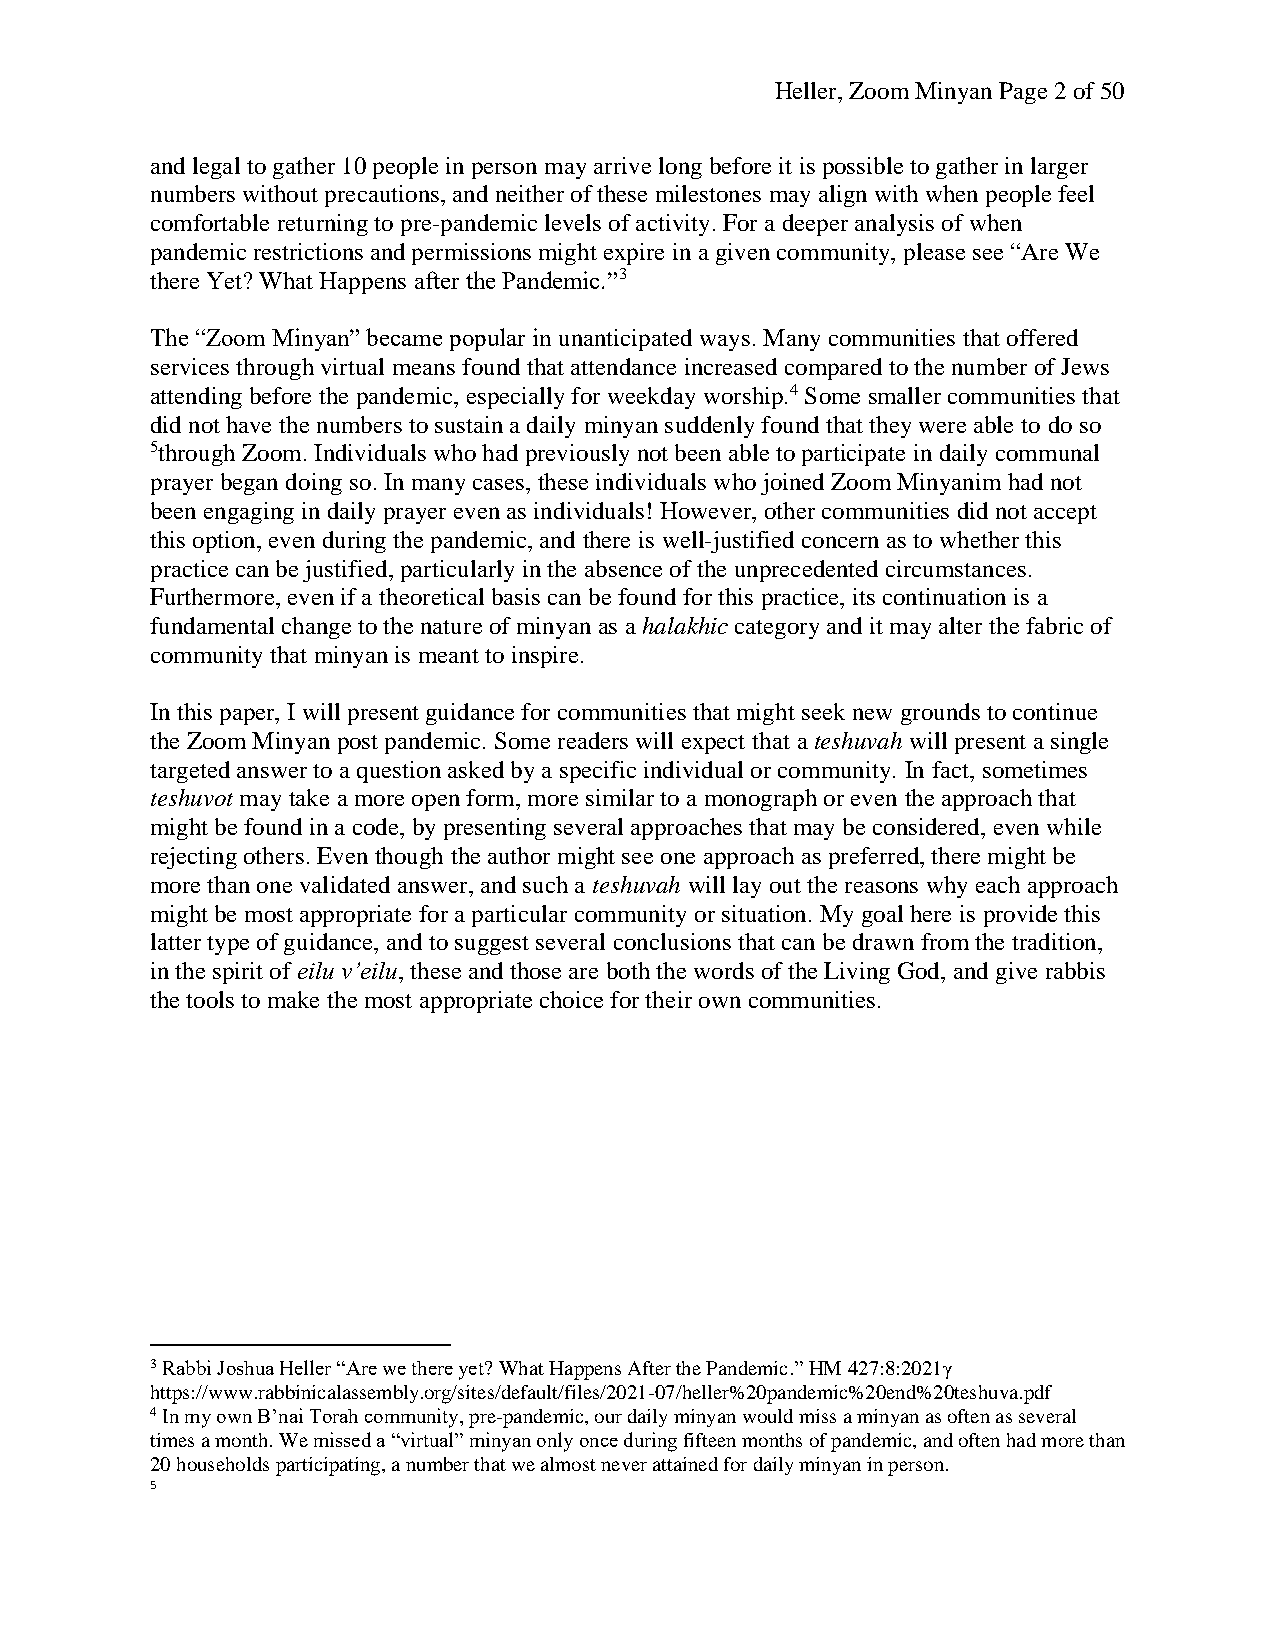
Heller, Zoom Minyan Page 2 of 50
 and legal to gather 10 people in person may arrive long before it is possible to gather in larger
 numbers without precautions, and neither of these milestones may align with when people feel
 comfortable returning to pre-pandemic levels of activity. For a deeper analysis of when
 pandemic restrictions and permissions might expire in a given community, please see “Are We
 there Yet? What Happens after the Pandemic.”3
 The “Zoom Minyan” became popular in unanticipated ways. Many communities that offered
 services through virtual means found that attendance increased compared to the number of Jews
 attending before the pandemic, especially for weekday worship.4 Some smaller communities that
 did not have the numbers to sustain a daily minyan suddenly found that they were able to do so
 5through Zoom. Individuals who had previously not been able to participate in daily communal
 prayer began doing so. In many cases, these individuals who joined Zoom Minyanim had not
 been engaging in daily prayer even as individuals! However, other communities did not accept
 this option, even during the pandemic, and there is well-justified concern as to whether this
 practice can be justified, particularly in the absence of the unprecedented circumstances.
 Furthermore, even if a theoretical basis can be found for this practice, its continuation is a
 fundamental change to the nature of minyan as a halakhic category and it may alter the fabric of
 community that minyan is meant to inspire.
 In this paper, I will present guidance for communities that might seek new grounds to continue
 the Zoom Minyan post pandemic. Some readers will expect that a teshuvah will present a single
 targeted answer to a question asked by a specific individual or community. In fact, sometimes
 teshuvot may take a more open form, more similar to a monograph or even the approach that
 might be found in a code, by presenting several approaches that may be considered, even while
 rejecting others. Even though the author might see one approach as preferred, there might be
 more than one validated answer, and such a teshuvah will lay out the reasons why each approach
 might be most appropriate for a particular community or situation. My goal here is provide this
 latter type of guidance, and to suggest several conclusions that can be drawn from the tradition,
 in the spirit of eilu v’eilu, these and those are both the words of the Living God, and give rabbis
 the tools to make the most appropriate choice for their own communities.
 3 Rabbi Joshua Heller “Are we there yet? What Happens After the Pandemic.” HM 427:8:2021γ
 https://www.rabbinicalassembly.org/sites/default/files/2021-07/heller%20pandemic%20end%20teshuva.pdf
 4 In my own B’nai Torah community, pre-pandemic, our daily minyan would miss a minyan as often as several
 times a month. We missed a “virtual” minyan only once during fifteen months of pandemic, and often had more than
 20 households participating, a number that we almost never attained for daily minyan in person.
 5